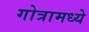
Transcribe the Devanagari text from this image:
गोत्रामध्ये